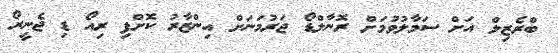
ބްރެޒިލް އަށް ސަމާލުވުމަށް ރޮނާލްޑޯ ޖަރުމަނަށް އިންޒާރު ކޮށްފި ރިއޯ ޑި ޖެނީރޯ